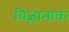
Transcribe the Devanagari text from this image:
विज्ञानाक